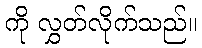
ကို လွှတ်လိုက်သည်။